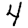
Digit: 4